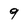
Character: 9